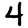
Digit: 4